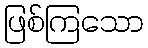
ဖြစ်ကြသော